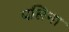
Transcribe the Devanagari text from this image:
पलिना